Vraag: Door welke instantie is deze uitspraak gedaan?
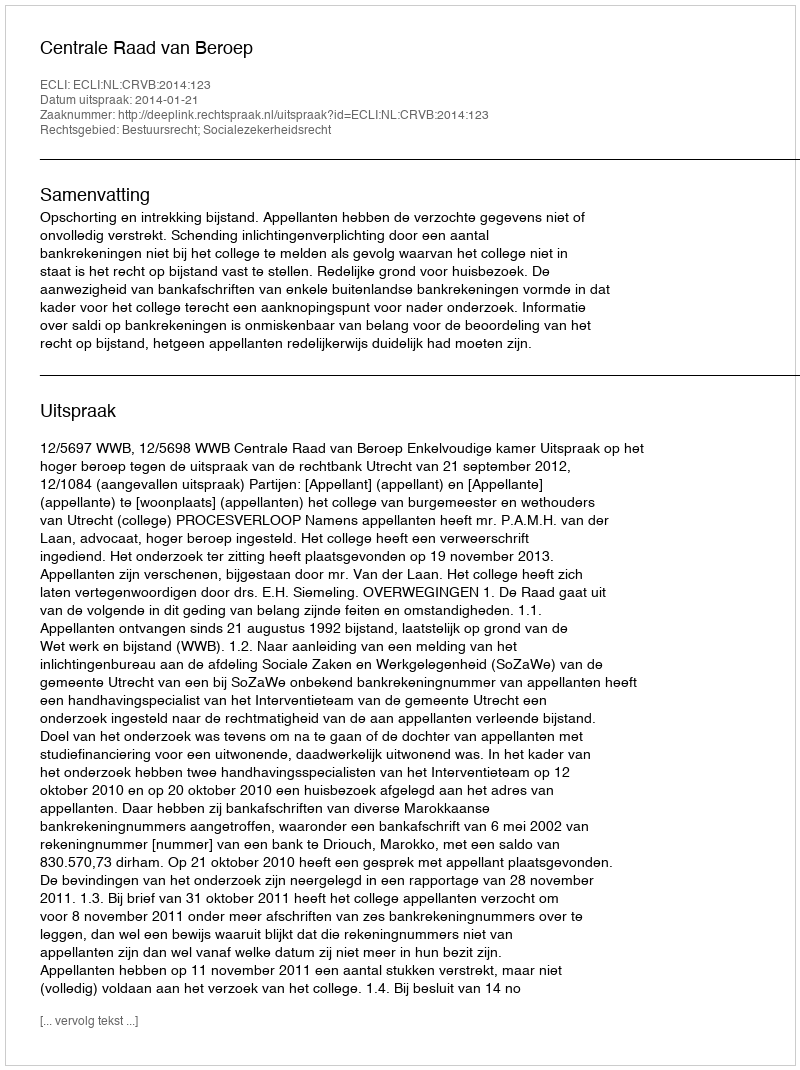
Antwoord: Centrale Raad van Beroep